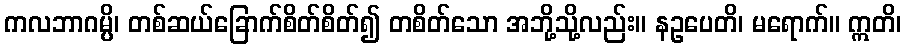
ကလဘာဂမ္ပိ၊ တစ်ဆယ်ခြောက်စိတ်စိတ်၍ တစိတ်သော အဘို့သို့လည်း။ နဥပေတိ၊ မရောက်။ ဣတိ၊